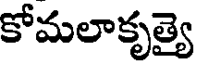
కోమలాకృత్యై